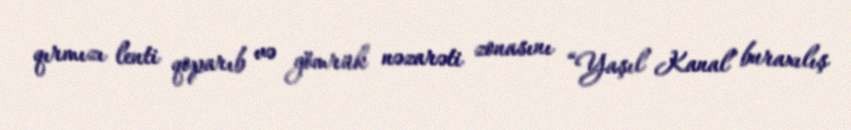
qırmızı lenti qoparıb və gömrük nəzarəti zonasını “Yaşıl Kanal” buraxılış